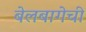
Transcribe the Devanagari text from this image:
बेलबागेची